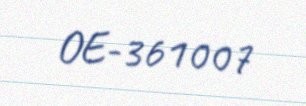
OE-361007